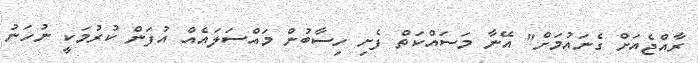
ރާއްޖެއަށް ގެނައުމަށް" އޭނާ މަސައްކަތް ފެށި ހިސާބުން މައްސަލައެއް އުފަން ކުރުމަކީ ނުހަނު